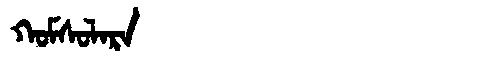
Manchu: ᡴᠣᠮᠰᠣᠯᠠᡵᠠ
Romanization: KOMSOLARA